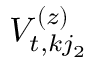
V _ { t , k j _ { 2 } } ^ { ( z ) }